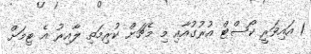
1 އައިވަރީ ކޯސްޓް އުރުގުއާއި މި މެޗަށް ކުރިމަތި ލާއިރު އެ ޓިމަށް